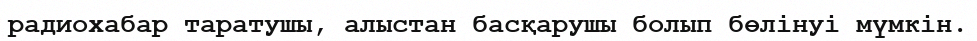
радиохабар таратушы, алыстан басқарушы болып бөлінуі мүмкін.